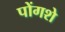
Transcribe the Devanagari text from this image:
पोंगशे